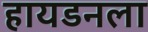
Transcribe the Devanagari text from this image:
हायडनला